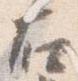
右